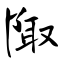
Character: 陬